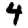
Digit: 4